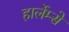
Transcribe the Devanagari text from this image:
हार्लेम्से